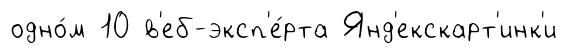
одно́м 10 в'еб-эксп'е́рта Янд'екскарт'инк'и